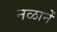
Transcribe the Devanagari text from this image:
नळानें